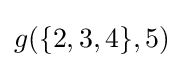
g(\{2,3,4\},5)